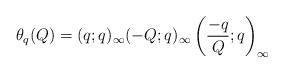
LaTeX: \begin{align*} \theta_q(Q) = (q;q)_\infty (-Q;q)_\infty \left( \frac{-q}{Q} ; q \right)_\infty \end{align*}